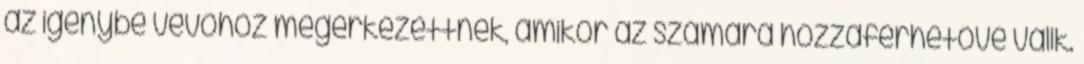
az igénybe vevőhöz megérkezettnek, amikor az számára hozzáférhetővé válik.